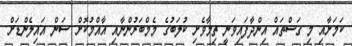
ކަމަށާއި މި ގަސްތައް އިންދާފައިވަނީ ތިމާވެށި ކުލަބުގެ މެމްބަރުންނާއި އާއްމުކޮށް ސަން އައިލެންޑަށް